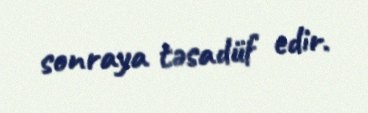
sonraya təsadüf edir.